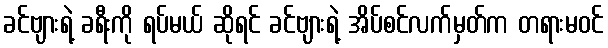
ခင်ဗျားရဲ့ ခရီးကို ရပ်မယ် ဆိုရင် ခင်ဗျားရဲ့ အိပ်စင်လက်မှတ်က တရားမဝင်